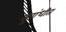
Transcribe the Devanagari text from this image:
सुगंधीत